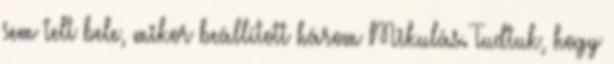
sem telt bele, mikor beállított három Mikulás. Tudtuk, hogy